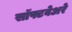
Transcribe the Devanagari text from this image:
सॉफ्टवेअरे